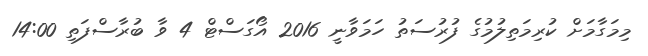
މިމަގާމަށް ކުރިމަތިލުމުގެ ފުރުސަތު ހަމަވާނީ 2016 އޯގަސްޓް 4 ވާ ބުރާސްފަތި 14:00